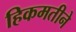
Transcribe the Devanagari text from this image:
हिकमतीने